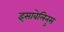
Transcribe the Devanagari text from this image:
इसाबेलिनुस